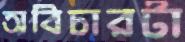
অবিচারটা